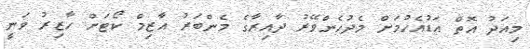
މިއަދު އޮތް އަޑުއެހުމަށް މެދުހެންވޭރު ދާއިރާގެ މެންބަރު އާޒިމް ކޯޓަށް ހާޒިރު ވަނީ